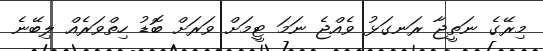
މިރޭގެ ނަތީޖާ ރަނގަޅު ވެއްޖެ ނަމަ ޓީމަށް ވަރަށް ބޮޑު ހިތްވަރެއް ލިބޭނެ